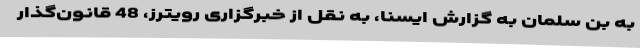
به بن سلمان به گزارش ایسنا، به نقل از خبرگزاری رویترز، 48 قانون‌گذار